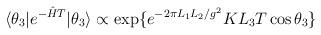
LaTeX: \begin{align*}\langle \theta_3| e^{-{\hat{H}}T}|\theta_3\rangle \propto\mbox{exp} \{ e^{-2\pi L_1L_2/g^2} KL_3T\cos \theta_3\}\end{align*}